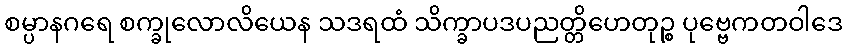
စမ္ပာနဂရေ စက္ခုလောလိယေန သဒရထံ သိက္ခာပဒပညတ္တိဟေတုဉ္စ ပုဗ္ဗေကတဝါဒေ